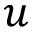
u